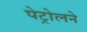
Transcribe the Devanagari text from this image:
पेट्रोलने